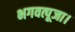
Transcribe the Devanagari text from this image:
भगवत्पूजा।